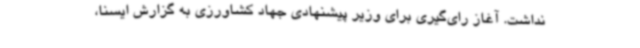
نداشت. آغاز رای‌گیری برای وزیر پیشنهادی جهاد کشاورزی به گزارش ایسنا،